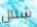
شلال